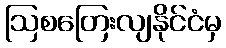
ဩစတြေးလျနိုင်ငံမှ